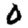
Digit: 0